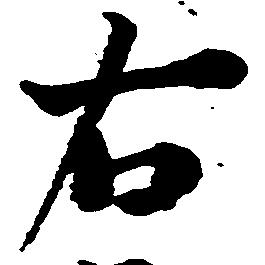
右